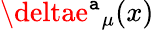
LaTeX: \deltae{^\mathtt{a}}_{\mu}(x)